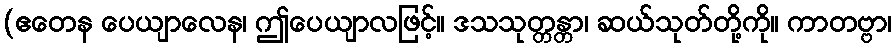
(ဧတေန ပေယျာလေန၊ ဤပေယျာလဖြင့်။ ဒသသုတ္တန္တာ၊ ဆယ်သုတ်တို့ကို။ ကာတဗ္ဗာ၊